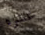
عشره